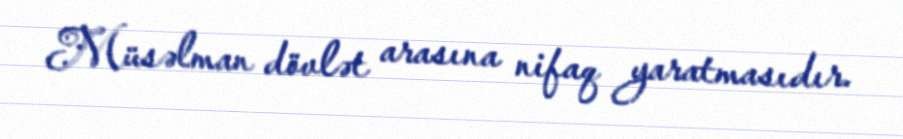
Müsəlman dövlət arasına nifaq yaratmasıdır.